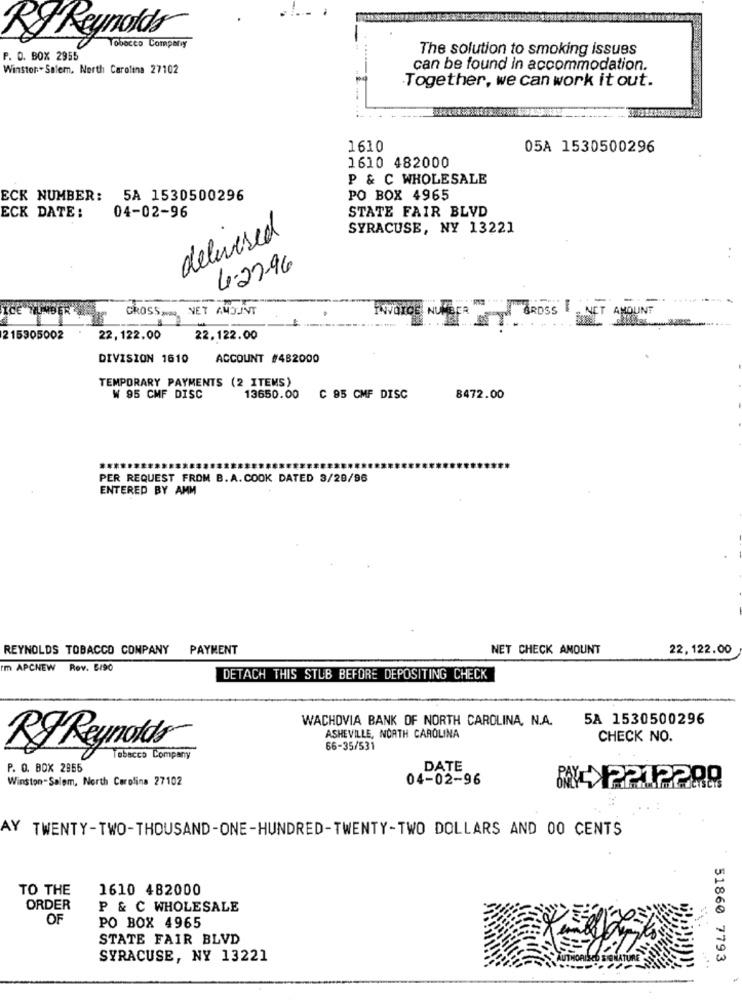
Ry Reynolds
Tobacco Company
The solution to smoking issues
P. O. BOX 2955
Winston- Salem, North Carolina 27102
can be found in accommodation.
Together, we can work it out.
1610
05A 1530500296
1610 482000
P & C WHOLESALE
ECK NUMBER: 5A 1530500296
PO BOX 4965
STATE FAIR BLVD
ECK DATE:
04-02-96
delivered
SYRACUSE, NY 13221
6-27-96
CROSSFOR NET AMOUNT
Fwarc
DSS
215305002
22, 122.00
22.122.00
DIVISION 1610
ACCOUNT #482000
TEMPORARY PAYMENTS (2 ITEMS)
W 95 CMF DISC
13650.00
C 95 CMF DISC
8472.00
PER REQUEST FROM B.A. COOK DATED 3/28/96
ENTERED BY AMM
REYNOLDS TOBACCO CONPANY
PAYMENT
NET CHECK AMOUNT
22, 122.00
rm APCNEW Rev. 5/90
DETACH THIS STUB BEFORE DEPOSITING CHECK
WACHOVIA BANK OF NORTH CAROLINA, N.A.
5A 1530500296
ASHEVILLE, NORTH CAROLINA
CHECK NO.
RF Reynolds
66-35/531
Tobacco Company
P. O. BOX 2855
DATE
Winston-Salem, North Carolina 27102
04-02-96
8CX2212290
AY TWENTY-TWO-THOUSAND-ONE-HUNDRED-TWENTY-TWO DOLLARS AND 00 CENTS
TO THE
1610 482000
ORDER
P & C WHOLESALE
OF
PO BOX 4965
STATE FAIR BLVD
SYRACUSE, NY 13221
51860 7793